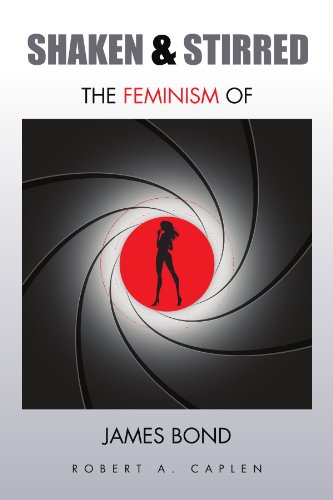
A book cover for Shaken & Stirred: The Feminism of James Bond; Robert A. Caplen; Politics & Social Sciences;